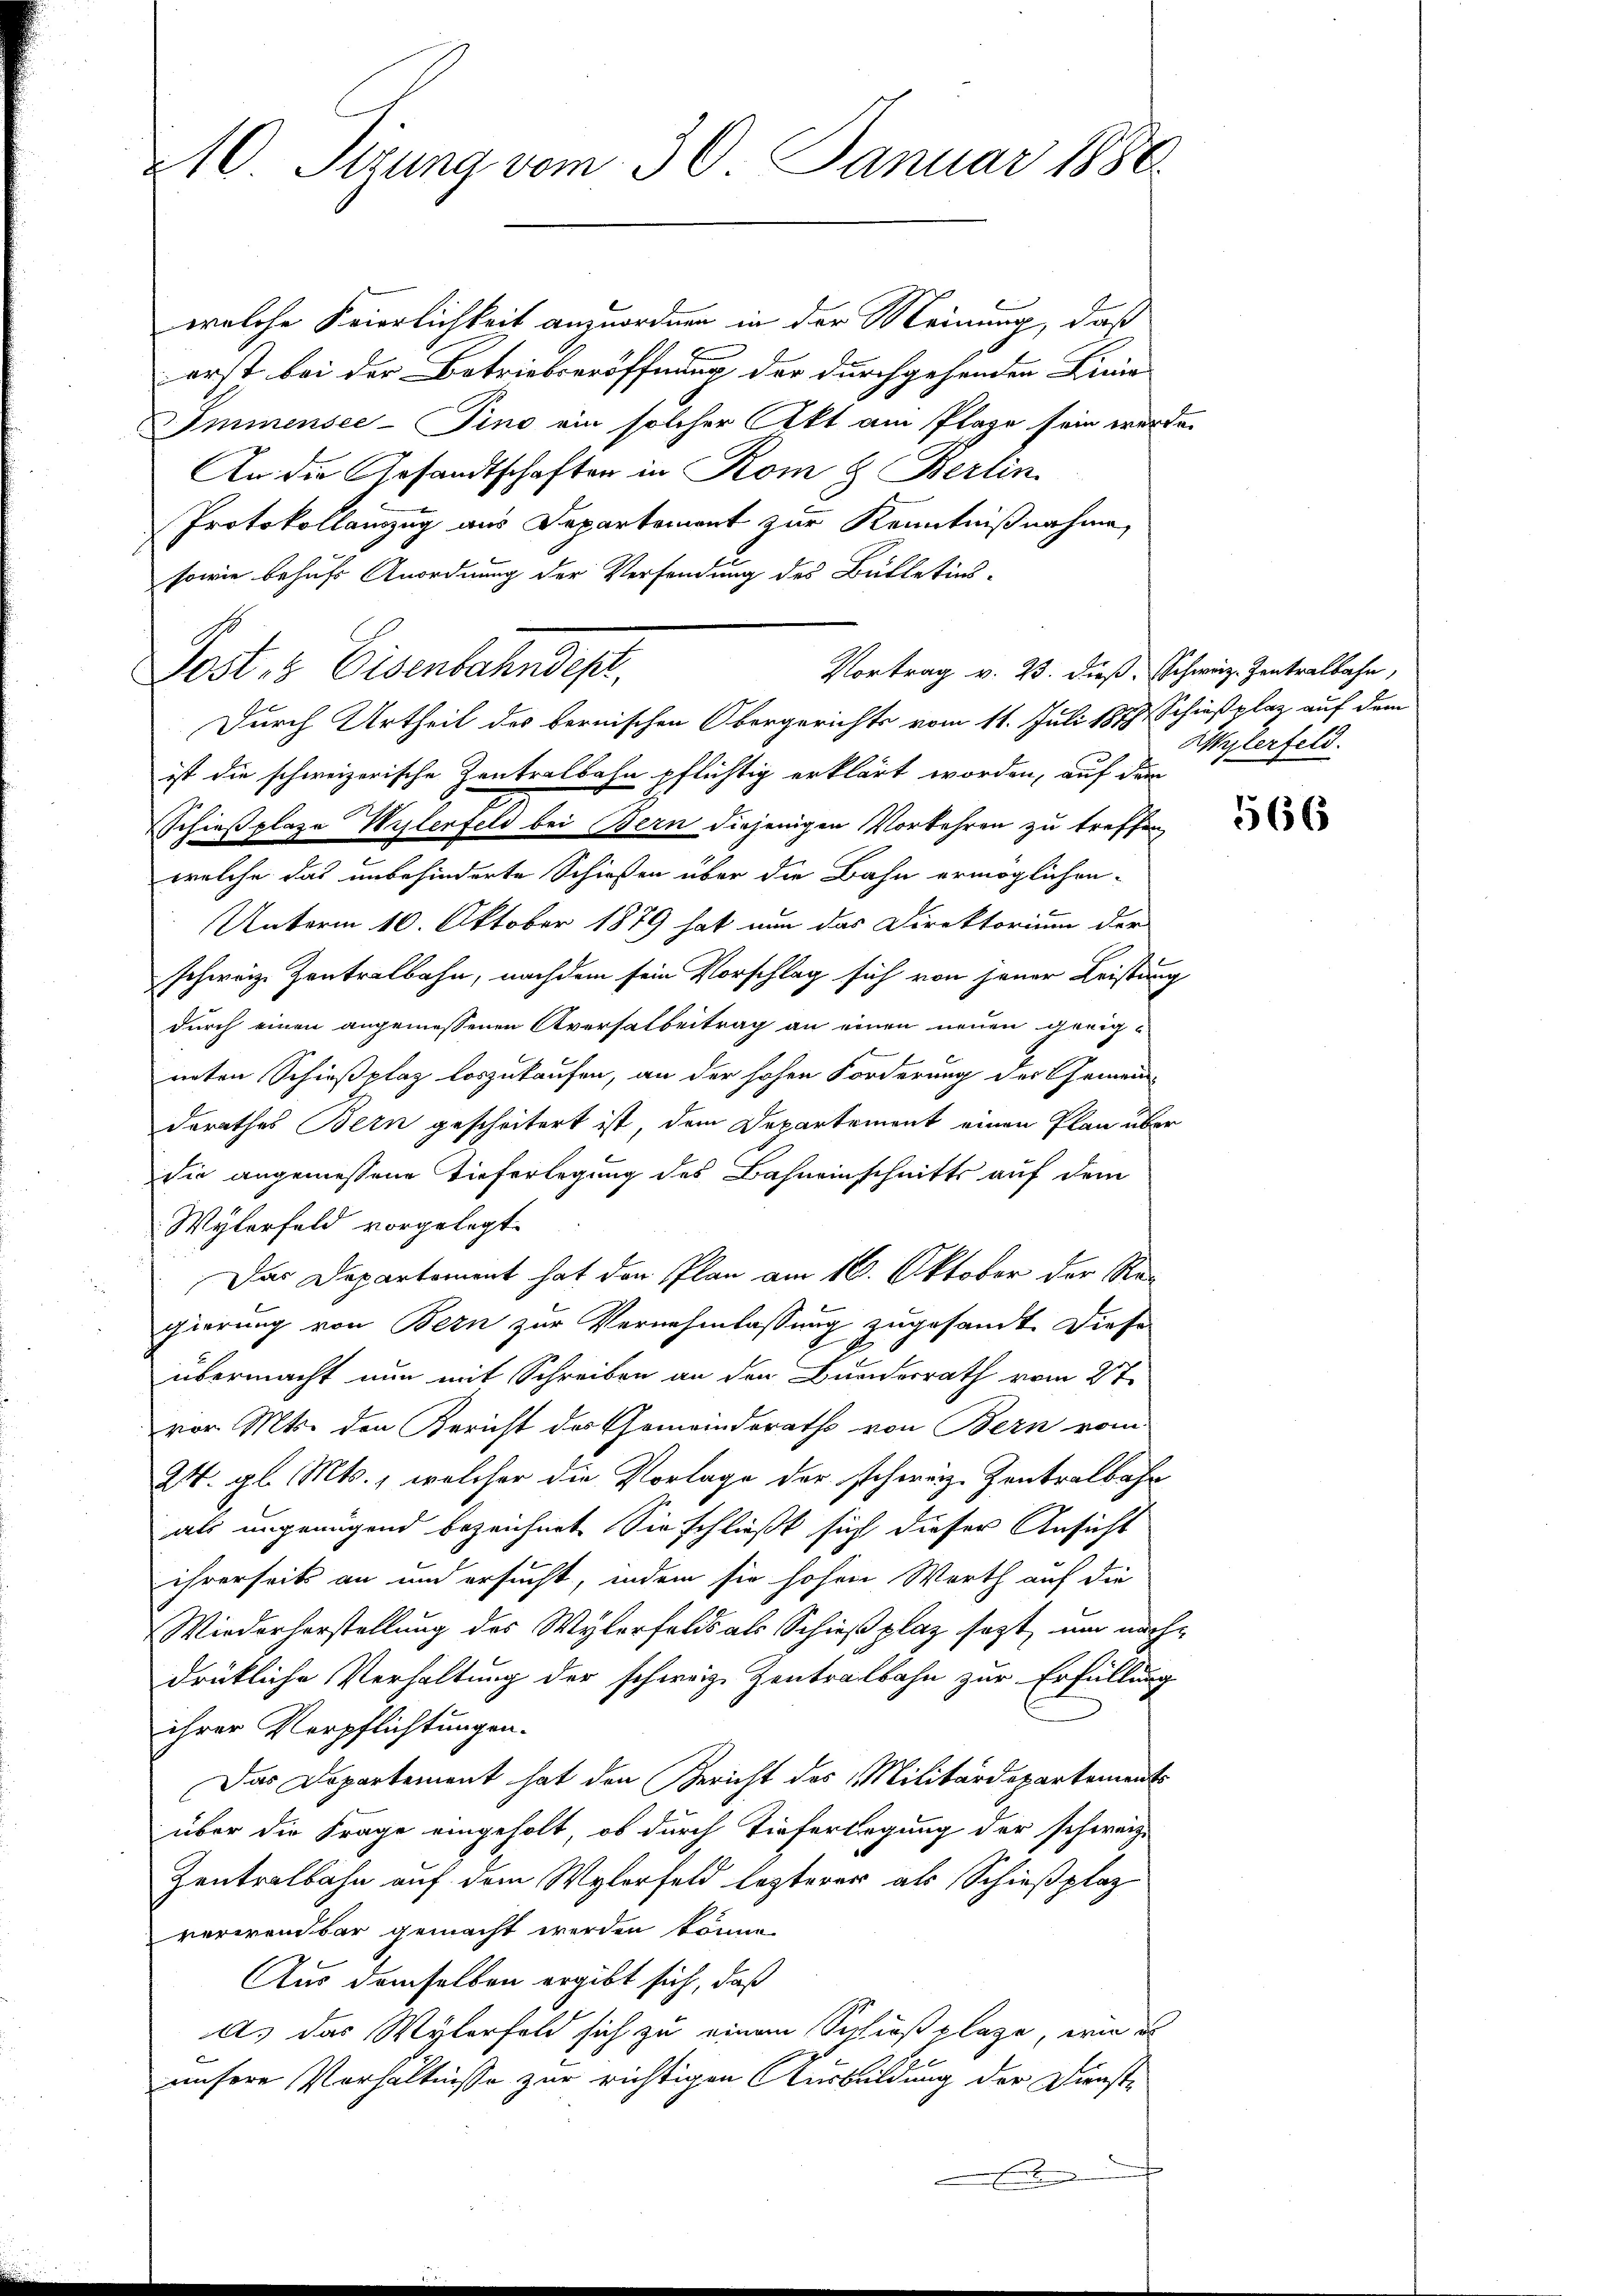
210. Sizung vom 30. Januar 1886

erst bei der Betriebseröffnung der durchgehenden Linie
Immensee–Pino ein solcher Akt am Plage sein werde.
An die Gesandtschaften in Rom 8. Berlin
Protokollanzug aus Departement zur Kenntnißnahme
sowie behufs Anordnung der Verfandung des Bülletins-
Post & Eisenbahndept,
Durch Urtheil des bernischen Obergerichts vom 11. Juli 1879 Schießplaz auf dem
ist die schweizerische Zentralbahn pflichtig erklärt worden, auf dem
Schießplaze Wylenfeld bei Bern diejenigen Vorkehren zu treffen,
welche das unbehinderte Schießen über die Bahn ermöglichen-
Unterm 10. Oktober 1879 hat nun das Direktorium der
schweiz. Zentralbahn, nachdem sein Vorschlag sich von jener Leistung
durch einen angemessenen Aversatbeitrag an einen neuen geeige
nnten Schießplaz loszukaufen, an der hohen Forderung der Gemein-
derathes Bern gescheitert ist, dem Departement einen Plan über
Sie angemessene Tieferlegung des Bahneinschnitts auf dem
Wylerfeld vorgelegt.
Das Departement hat den Plan am 16. Oktober der Regierung von Bern zur Vernehmlassung zugesandt. Diese
übermacht nun mit Schreiben an den Bundesrath vom 27.
vor. Mts. den Bericht des Gemeinderaths von Bern vom
24. gl. Mts., welcher die Vorlage der schweiz. Zentralbahr
als ungenügend bezeichnet. Sie schließt sich dieser Ansicht
ihrerseits an und ersucht, indem sie hohen Worth auf die
Wiederherstellung des Wylerfelds als Schießplaz sezt, und nachdrükliche Verhaltung der schweiz. Zentralbahn zur Erfüllung
ihrer Verpflichtungen.
Das Departement hat den Bericht des Militärdepartements
über die Frage eingeholt, ob durch Tieferlegung der schweiz.
Zentralbahn auf dem Wylerfeld lezterer als Schießplaz
verwendbar gemacht werden könne.
Aus demselben ergibt sich, daß
as das Wylerfeld sich zu einem Schießplaze, wie d
unsere Verhältnisse zur richtigen Ausbildung der Dienst¬

welche Feierlichkeit anzuordnen in der Meinung, daß

Vortrag v. 23. dieß, Schweiz. Zentralbahn,

Wylerfeld.

566